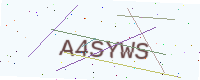
Text: A4SYWS